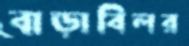
বাড়াবিলর